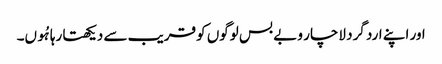
اور اپنے ارد گرد لاچار و بے بس لوگوں کو قریب سے دیکھتا رہا ہُوں۔